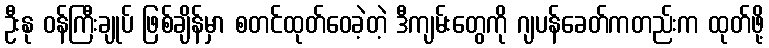
ဦးနု ဝန်ကြီးချုပ် ဖြစ်ချိန်မှာ စတင်ထုတ်ဝေခဲ့တဲ့ ဒီကျမ်းတွေကို ဂျပန်ခေတ်ကတည်းက ထုတ်ဖို့